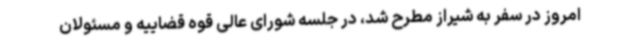
امروز در سفر به شیراز مطرح شد، در جلسه شورای عالی قوه قضاییه و مسئولان